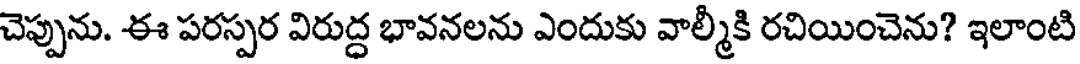
చెప్పును. ఈ పరస్పర విరుద్ధ భావనలను ఎందుకు వాల్మీకి రచియించెను? ఇలాంటి